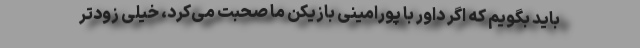
باید بگویم که اگر داور با پورامینی بازیکن ما صحبت می‌کرد، خیلی زودتر